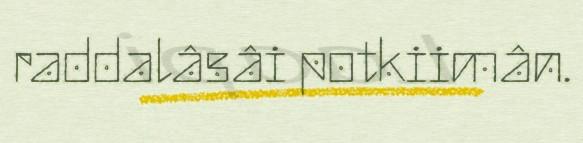
raddalâsâi potkiimân.